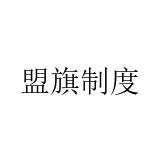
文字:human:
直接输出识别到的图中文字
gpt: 盟旗制度